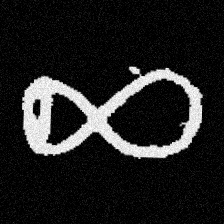
Pyu character \u2014 Myanmar letter: ဆ (romanized: cha)